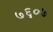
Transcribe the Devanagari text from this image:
७६०७